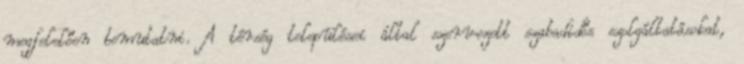
megfelelően bemutatni. A térség települései által szervezett szabadidős szolgáltatásokat,